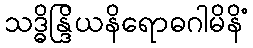
သဒ္ဓိန္ဒြိယနိရောဓဂါမိနိံ